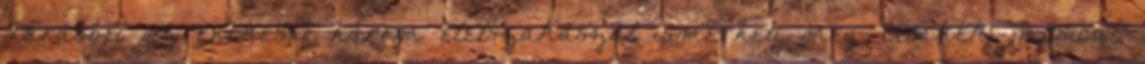
darabból az énekesnő három életszakaszát ismerheti meg. Címkék: musical,